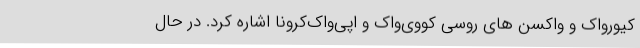
کیورواک و واکسن های روسی کووی‌واک و اپی‌واک‌کرونا اشاره کرد. در حال